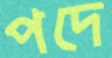
পদে